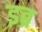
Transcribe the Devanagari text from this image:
इब्र